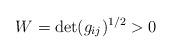
LaTeX: \begin{align*}W=\det(g_{ij})^{1/2}>0\end{align*}